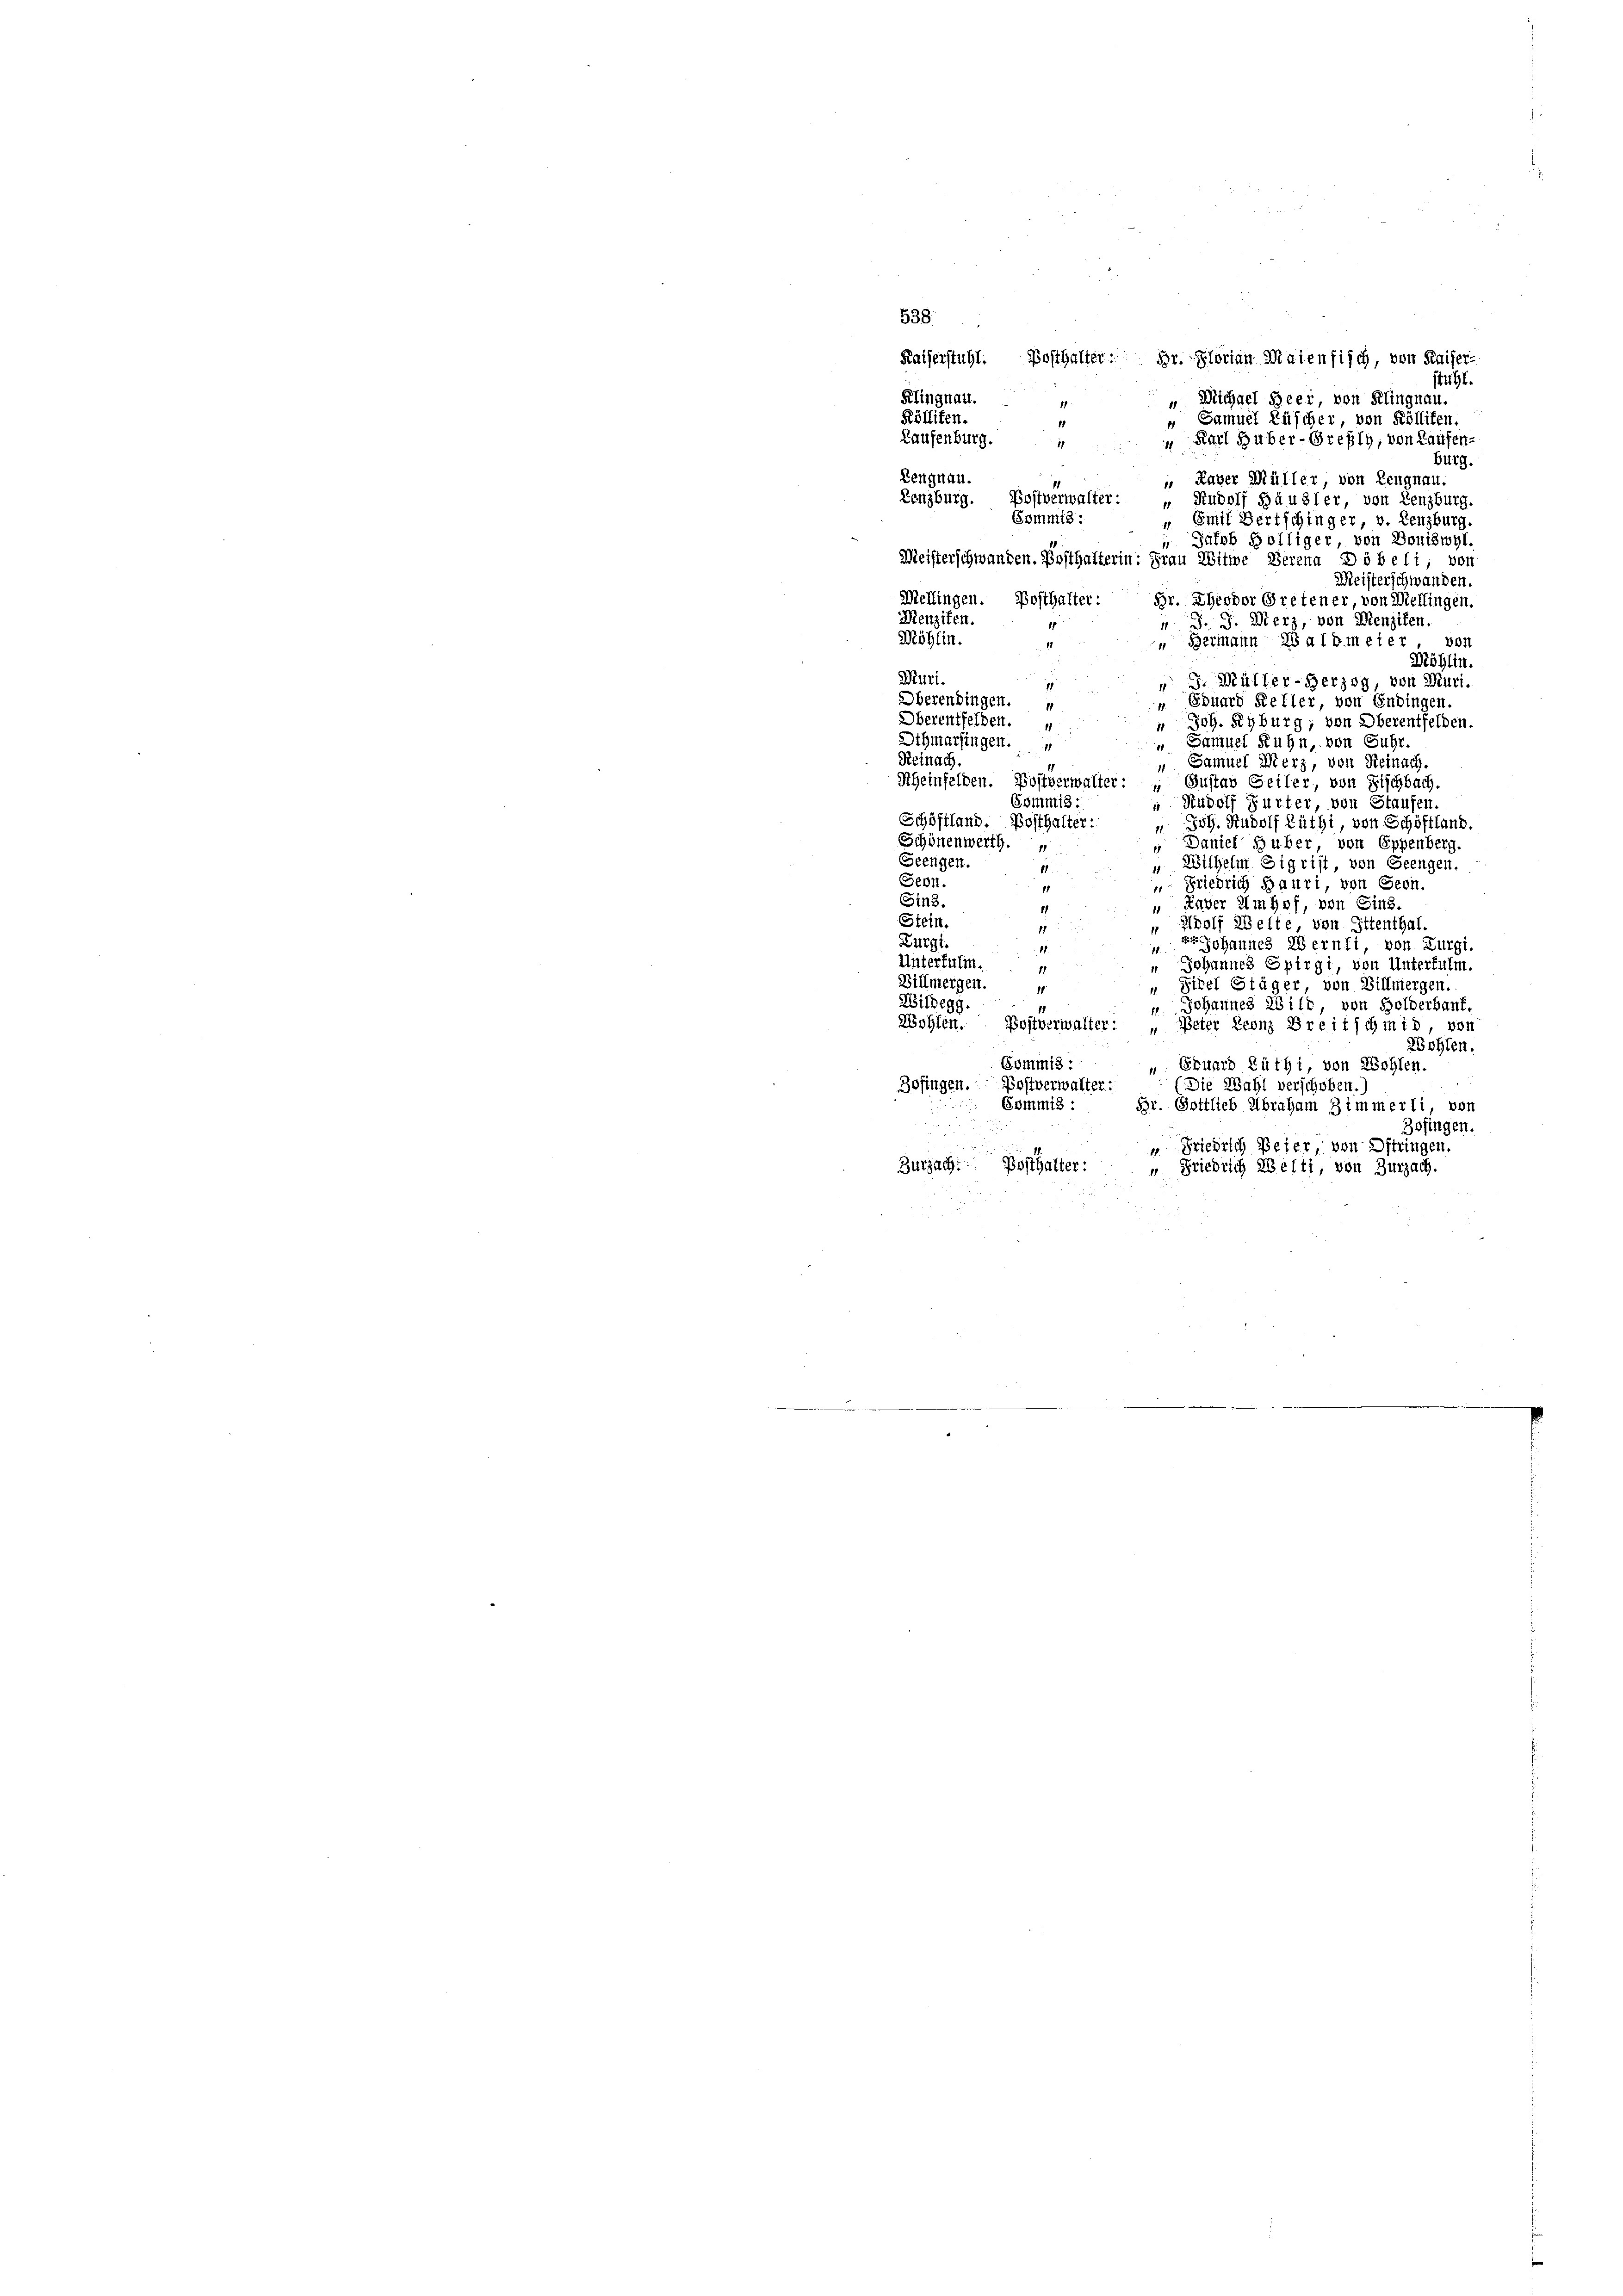
538.
Kaiserstuhl. Posthalter: Hr. Florian Maienfisch, von Kaiser-
stuhl.
Klingnau.
" Michael Heer, von Klingnau.
Kölliken.
 Samuel Rüscher, von Kölliken.
Laufenburg.
Karl Hüber-Greßly, von Laufen
1
14
Burg.
Lengnau.
 Kaver Müller von Lengnau,
Lenzburg. Postverwalter:
Rudolf Häusler, von Lenzburg.
Commis:
" Emil Bertschinger, v. Lenzburg.
" Jacob Bölliger von Boniswyl.
Meisterschwanden. Posthalterin: Frau Witwe Serena Döbeli, von
Meisterschwanden.
Mellingen. Bosthalter: Hr. Theodor Gretener, von Mellingen.
Menziten.
 J. J. Merz, von Menziker
Möhlin.
8011
Bermann baldmeier,
Möhlin.
Muri.
" J. Müller-Herzog, von Muri.
1
Oberendingen.
Eduard Keller, von Endingen.
Oberentfelden.
Joh. Kyburg, von Oberentfelden.
Sthmarfingen.
 Samuel Ruhn, von Fuhr
Reinach.
 Samuel Merz, von Reinach.
Rheinfelden. Bostverwalter: Gustav Seiler, von Fischbach.
Gsmmis:
“ Rudolf Furter, von Staufen.
Schöffland. Posthalter:
" Joh. Rudolf Lüthi, von Schöffland.
Schönenwerth.
 Daniel Huber, von Eppenberg.
Seengen.
 Wilhelm Sigrist, von Geengen.
11
Seon.
„ Friedrich Bauri, von Gern.
11
Sin3.
 Xaver Imhof, von Eins.
1
Stein.
Adolf Welte, von Ittenthal.
g
Zürgt.
zt Johannes Wernli, von Zurgi.
11.
Unterfulm.
" Johannes Spirgt, von Unterfulm.
Billmergen.
" Sigel Stäger von Villmergen.
Wildegg.
u Johannes Witt, von Holderbaut.
Wohlen. Bostverwalter: „Peter Leonz Breitschmid, von
Wohlen.
a
Commis :
 Ebuard Rüthi, von Wohlen.
Bofingen. Bostverwalter:
Die Wahl verschoben.
Gommis :
Br. Gottlieb Abraham Zimmerli von
Zofingen.
“ Friedrich Beier, von Oftringen.
Zurzach. Bosthalter:
“ Friedrich Welti, von Zurzach.
.